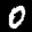
Label: 0